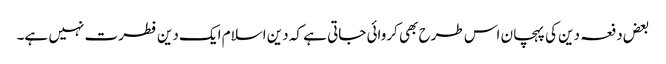
بعض دفعہ دین کی پہچان اس طرح بھی کروائی جاتی ہے کہ دین اسلام ایک دین فطرت نہیں ہے۔